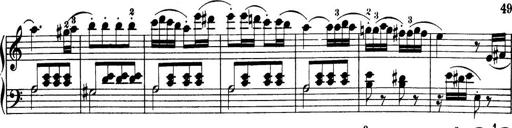
Title: 32 Sonatinas and Rondos for the Piano
Composer: Richard Kleinmichel